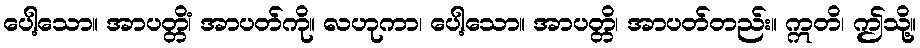
ပေါ့သော။ အာပတ္တိံ၊ အာပတ်ကို။ လဟုကာ၊ ပေါ့သော။ အာပတ္တိ၊ အာပတ်တည်း။ ဣတိ၊ ဤသို့။